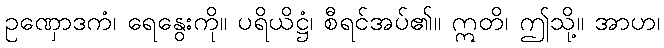
ဥဏှောဒကံ၊ ရေနွေးကို။ ပရိယိဋ္ဌံ၊ စီရင်အပ်၏။ ဣတိ၊ ဤသို့။ အာဟ၊